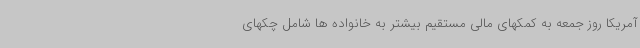
آمریکا روز جمعه به کمکهای مالی مستقیم بیشتر به خانواده ها شامل چکهای